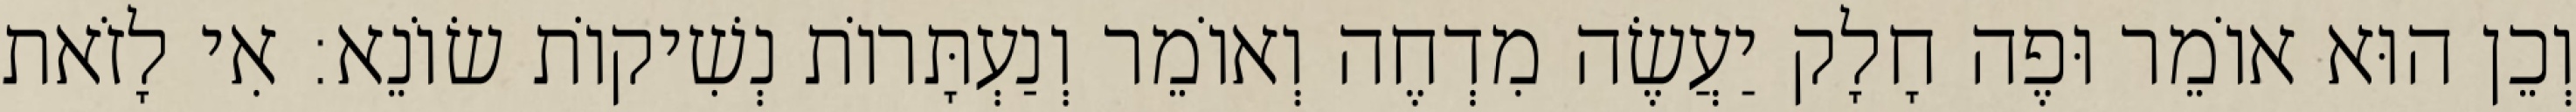
וְכֵן הוּא אוֹמֵר וּפֶה חָלָק יַעֲשֶׂה מִדְחֶה וְאוֹמֵר וְנַעְתָּרוֹת נְשִׁיקוֹת שׂוֹנֵא: אִי לָזֹאת